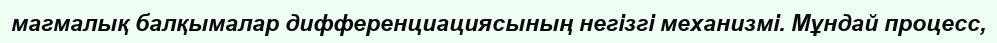
магмалық балқымалар дифференциациясының негізгі механизмі. Мұндай процесс,